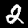
Label: 2